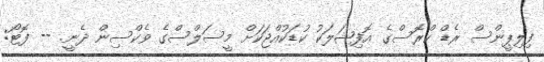
ފިލިޕީންސް ރެޑް ކްރޮސްގެ އޮފިޝަލަކު ކުޑަކުއްޖަކަށް މީސަލްސްގެ ވެކްސިން ދެނީ. -- ފޮޓޯ: